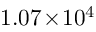
1 . 0 7 \! \times \! 1 0 ^ { 4 }